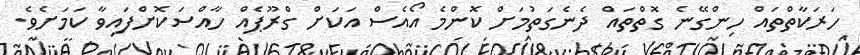
ހަރަކާތްތައް ހިންގޭނެ ގޮތްތައް ދެނެގަތުމަށް ކޮންމެ އޯއެސް އަކަށް ގްރޫޕެއް ހާއްސަކޮށްފައިވާ ކަމަށެވެ.